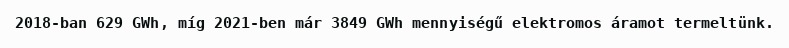
2018-ban 629 GWh, míg 2021-ben már 3849 GWh mennyiségű elektromos áramot termeltünk.